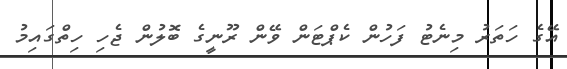
އޭގެ ހަތަރު މިނެޓު ފަހުން ކެޕްޓަން ވޭން ރޫނީގެ ބޮލުން ޖެހި ހިތްގައިމު